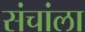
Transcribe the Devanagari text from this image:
संचांला